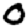
Digit: 0